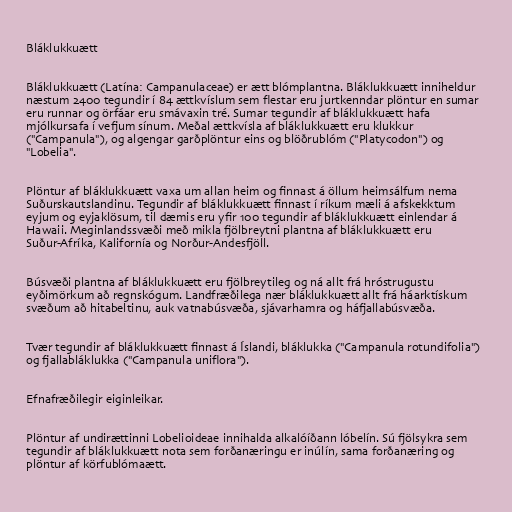
Bláklukkuætt

Bláklukkuætt (Latína: Campanulaceae) er ætt blómplantna. Bláklukkuætt inniheldur
næstum 2400 tegundir í 84 ættkvíslum sem flestar eru jurtkenndar plöntur en sumar
eru runnar og örfáar eru smávaxin tré. Sumar tegundir af bláklukkuætt hafa
mjólkursafa í vefjum sínum. Meðal ættkvísla af bláklukkuætt eru klukkur
("Campanula"), og algengar garðplöntur eins og blöðrublóm ("Platycodon") og
"Lobelia".

Plöntur af bláklukkuætt vaxa um allan heim og finnast á öllum heimsálfum nema
Suðurskautslandinu. Tegundir af bláklukkuætt finnast í ríkum mæli á afskekktum
eyjum og eyjaklösum, til dæmis eru yfir 100 tegundir af bláklukkuætt einlendar á
Hawaii. Meginlandssvæði með mikla fjölbreytni plantna af bláklukkuætt eru
Suður-Afríka, Kalifornía og Norður-Andesfjöll.

Búsvæði plantna af bláklukkuætt eru fjölbreytileg og ná allt frá hróstrugustu
eyðimörkum að regnskógum. Landfræðilega nær bláklukkuætt allt frá háarktískum
svæðum að hitabeltinu, auk vatnabúsvæða, sjávarhamra og háfjallabúsvæða.

Tvær tegundir af bláklukkuætt finnast á Íslandi, bláklukka ("Campanula rotundifolia")
og fjallabláklukka ("Campanula uniflora").

Efnafræðilegir eiginleikar.

Plöntur af undirættinni Lobelioideae innihalda alkalóíðann lóbelín. Sú fjölsykra sem
tegundir af bláklukkuætt nota sem forðanæringu er inúlín, sama forðanæring og
plöntur af körfublómaætt.